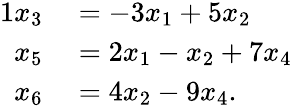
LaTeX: \begin{array}{rl}{{1}x_{3}}&{{}=-3x_{1}+5x_{2}}\\ {x_{5}}&{{}=2x_{1}-x_{2}+7x_{4}}\\ {x_{6}}&{{}=4x_{2}-9x_{4}.}\end{array}